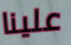
علينا